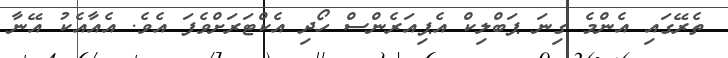
ތެރޭގައި އެންމެ ގިނަ ޕަބްލިކް އެޕިއަރެންސް ހޯދި އެކްޓަރަށްވެފަ އެވެ. އެއާއެކު އޭނާ